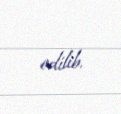
edilib.